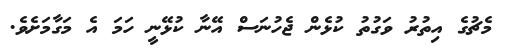
މެޗުގެ އިތުރު ވަގުތު ކުޅެން ޖެހުނަސް އޭނާ ކުޅޭނީ ހަމަ އެ މަގާމަށެވެ.